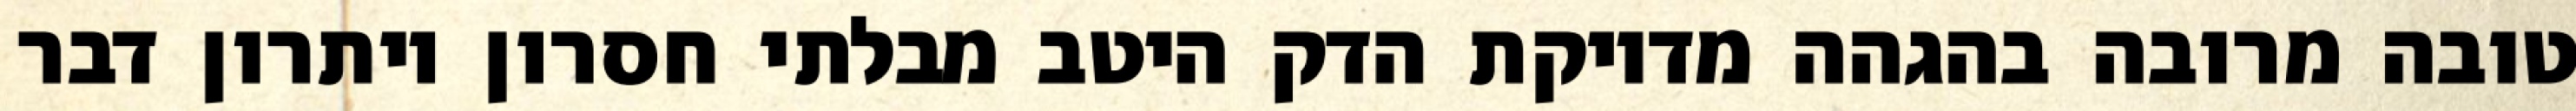
טובה מרובה בהגהה מדויקת הדק היטב מבלתי חסרון ויתרון דבר